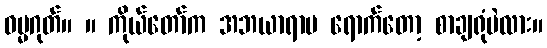
ဓမ္မဂုတ်။ ။ ကိုယ်တော်က အဘယာရာမ ရောက်တော့ စာချရုံပဲလား။